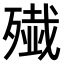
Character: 𫞔